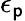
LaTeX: \epsilon_{\mathsf{p}}